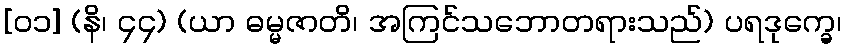
[၀၁] (နိ၊ ၄၄) (ယာ ဓမ္မဇာတိ၊ အကြင်သဘောတရားသည်) ပရဒုက္ခေ၊